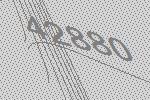
42880